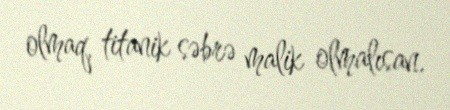
olmaq, titanik səbrə malik olmalısan.